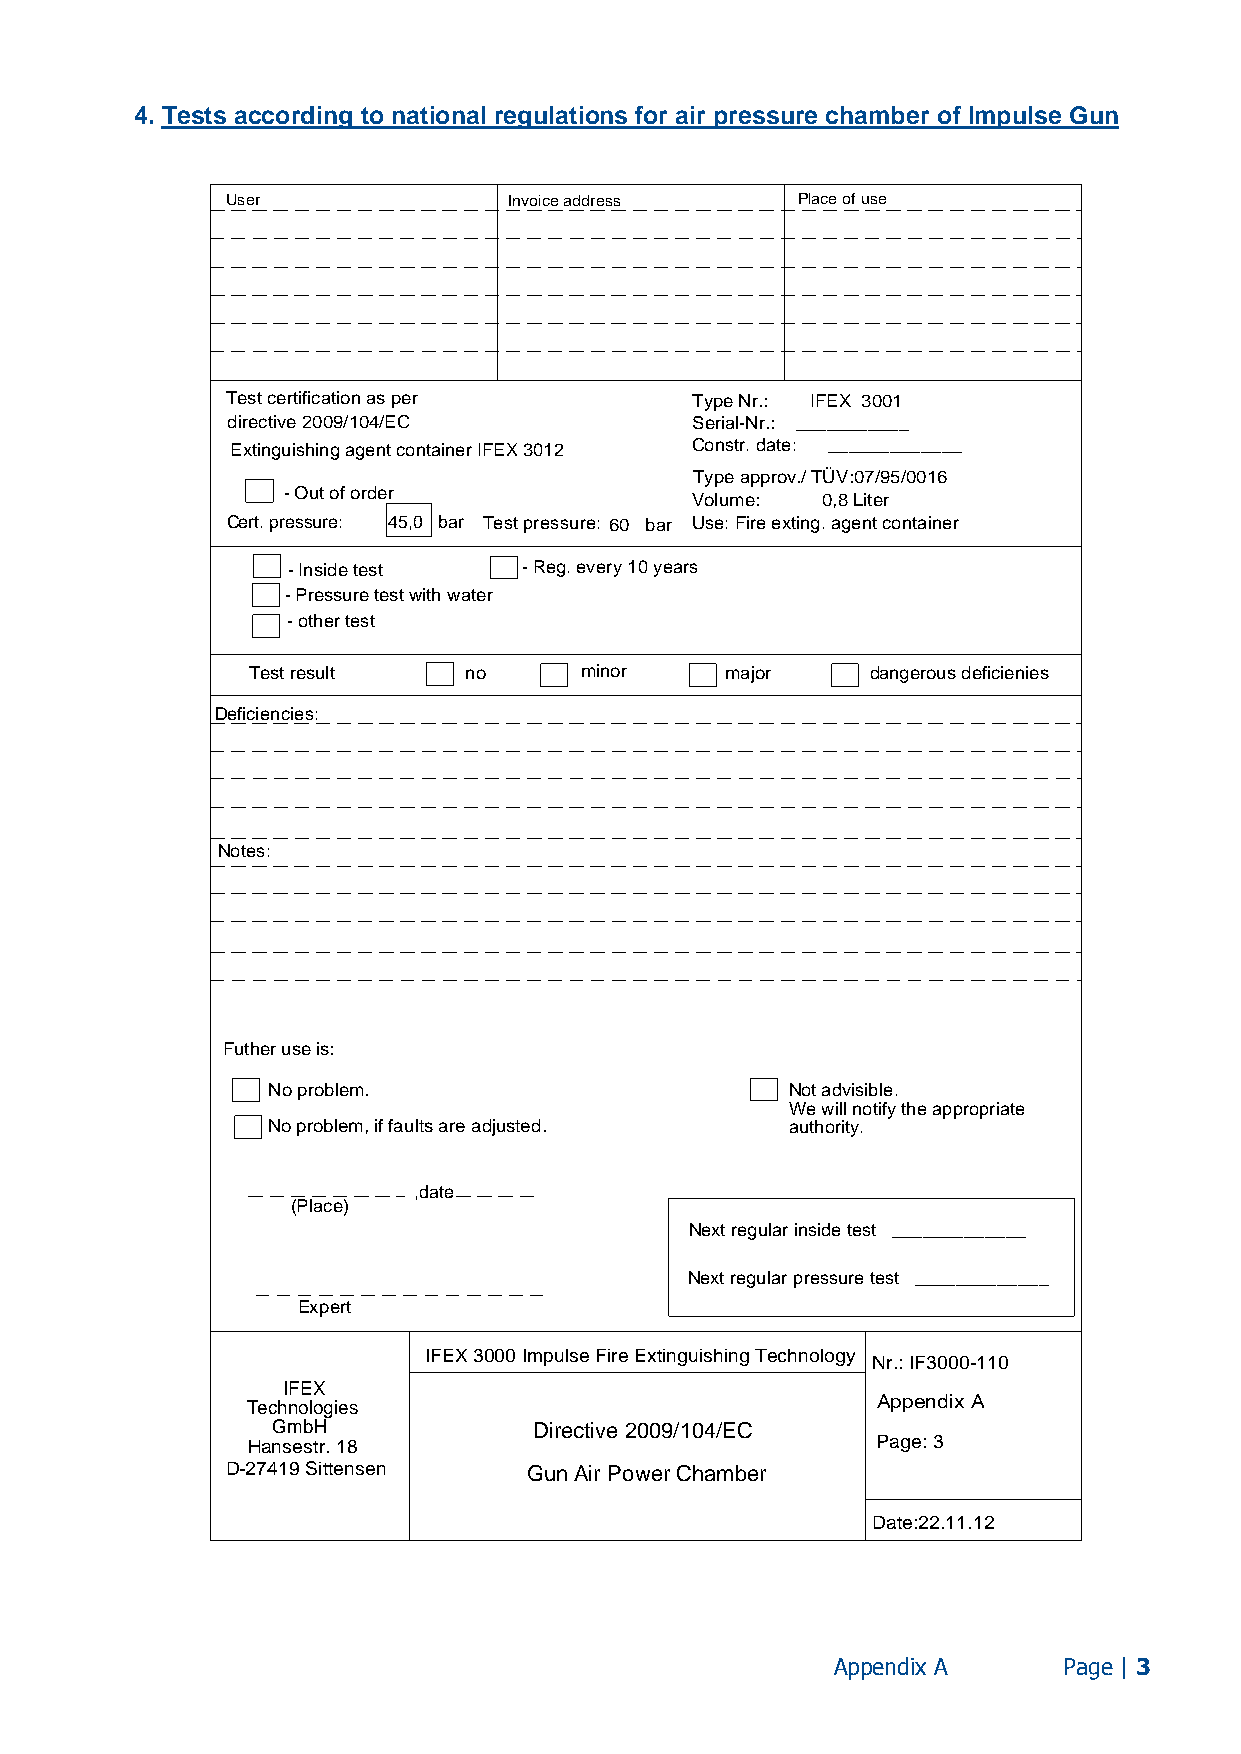
4. Tests according to national regulations for air pressure chamber of Impulse Gun
 User               Invoice address    Place of use
 Test certification as per      Type Nr.: IFEX 3001
 directive 2009/104/EC          Serial-Nr.: ___________
 Extinguishing agent container IFEX 3012 Constr. date: _____________
 Type approv./ TÜV:07/95/0016
 - Out of order
 Volume: 0,8 Liter
 Cert. pressure: 45,0 bar Test pressure: 60 bar Use: Fire exting. agent container
 - Inside test   - Reg. every 10 years
 - Pressure test with water
 - other test
 Test result    no     minor     major     dangerous deficienies
 Deficiencies:
 Notes:
 Futher use is:
 No problem.                       Not advisible.
 We will notify the appropriate
 No problem, if faults are adjusted. authority.
 ,date
 (Place)
 Next regular inside test _____________
 Next regular pressure test _____________
 Expert
 IFEX 3000 Impulse Fire Extinguishing Technology
 Nr.: IF3000-110
 IFEX
 Technologies                              Appendix A
 GmbH             Directive 2009/104/EC
 Hansestr. 18                              Page: 3
 D-27419 Sittensen   Gun Air Power Chamber
 Date:22.11.12
 Appendix A     Page | 3